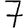
Digit: 7